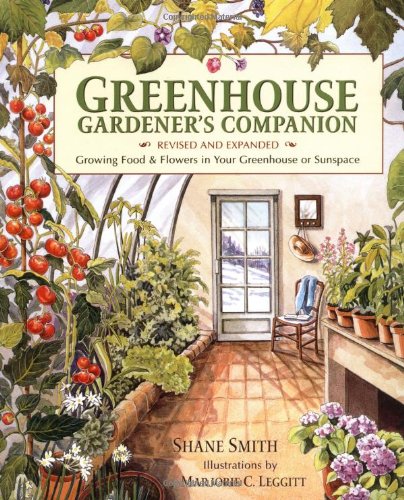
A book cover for Greenhouse Gardener's Companion, Revised: Growing Food & Flowers in Your Greenhouse or Sunspace; Shane Smith; Crafts, Hobbies & Home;